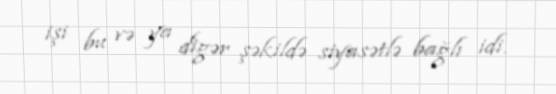
işi bu və ya digər şəkildə siyasətlə bağlı idi.